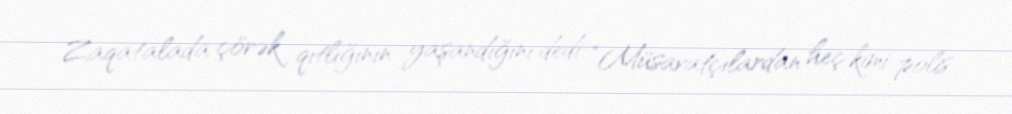
Zaqatalada çörək qıtlığının yaşandığını dedi: “Müsavatçılardan heç kimi polis